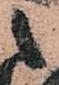
之